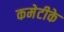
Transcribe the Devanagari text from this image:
कमेटीके